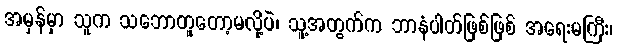
အမှန်မှာ သူက သဘောတူတော့မလို့ပဲ၊ သူ့အတွက်က ဘာနံပါတ်ဖြစ်ဖြစ် အရေးမကြီး၊